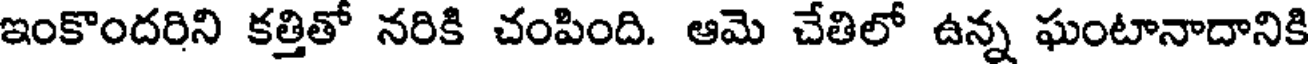
ఇంకొందరిని కత్తితో నరికి చంపింది. ఆమె చేతిలో ఉన్న ఘంటానాదానికి